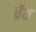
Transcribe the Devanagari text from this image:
व्रॅथ